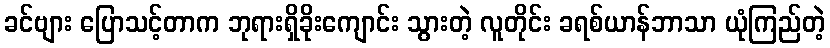
ခင်ဗျား ပြောသင့်တာက ဘုရားရှိခိုးကျောင်း သွားတဲ့ လူတိုင်း ခရစ်ယာန်ဘာသာ ယုံကြည်တဲ့